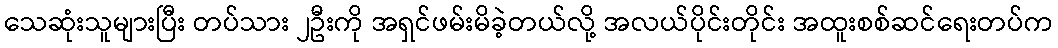
သေဆုံးသူများပြီး တပ်သား ၂ဦးကို အရှင်ဖမ်းမိခဲ့တယ်လို့ အလယ်ပိုင်းတိုင်း အထူးစစ်ဆင်ရေးတပ်က